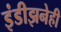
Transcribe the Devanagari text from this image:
इंडीझनेही